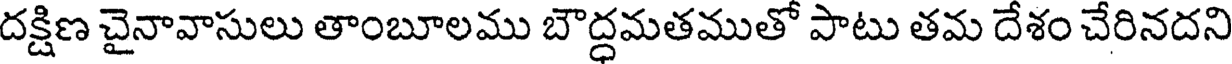
దక్షిణ చైనావాసులు తాంబూలము బౌద్ధమతముతో పాటు తమ దేశం చేరినదని